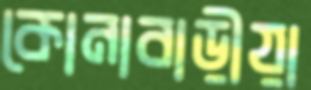
কোনাবাড়ীয়া